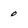
Character: o